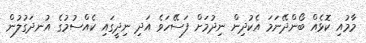
މާމުއި ކޮޅެއް ބޯންދޭނަމަ އެކުދިން ނިދުމަށް ފަސޭހަވެ އަދި ނިދީގައި ކެއްސުމުގެ އުނދަގުލުން